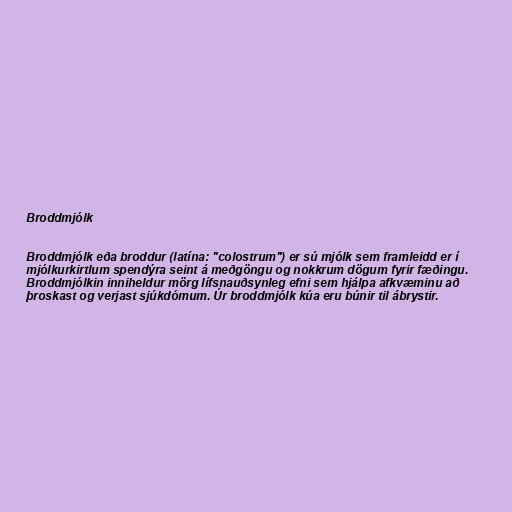
Broddmjólk

Broddmjólk eða broddur (latína: "colostrum") er sú mjólk sem framleidd er í
mjólkurkirtlum spendýra seint á meðgöngu og nokkrum dögum fyrir fæðingu.
Broddmjólkin inniheldur mörg lífsnauðsynleg efni sem hjálpa afkvæminu að
þroskast og verjast sjúkdómum. Úr broddmjólk kúa eru búnir til ábrystir.